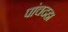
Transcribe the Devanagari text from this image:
पांचदहा